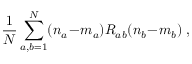
\frac { 1 } { N } \sum _ { a , b = 1 } ^ { N } ( n _ { a } \! - \! m _ { a } ) R _ { a b } ( n _ { b } \! - \! m _ { b } ) \; ,